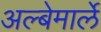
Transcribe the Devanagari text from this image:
अल्बेमार्ले